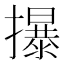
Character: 㩧